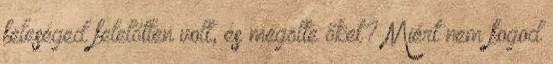
feleséged felelőtlen volt, és megölte őket? Miért nem fogod